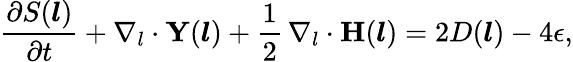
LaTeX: \frac{\partial S(\boldsymbol{l})}{\partial t}+\nabla_{l}\cdot\mathbf{Y}(\boldsymbol{l})+\frac{1}{2}\, \nabla_{l}\cdot\mathbf{H}(\boldsymbol{l})=2D(\boldsymbol{l})-4\epsilon,